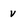
Character: v